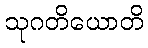
သုဂတိယောတိ